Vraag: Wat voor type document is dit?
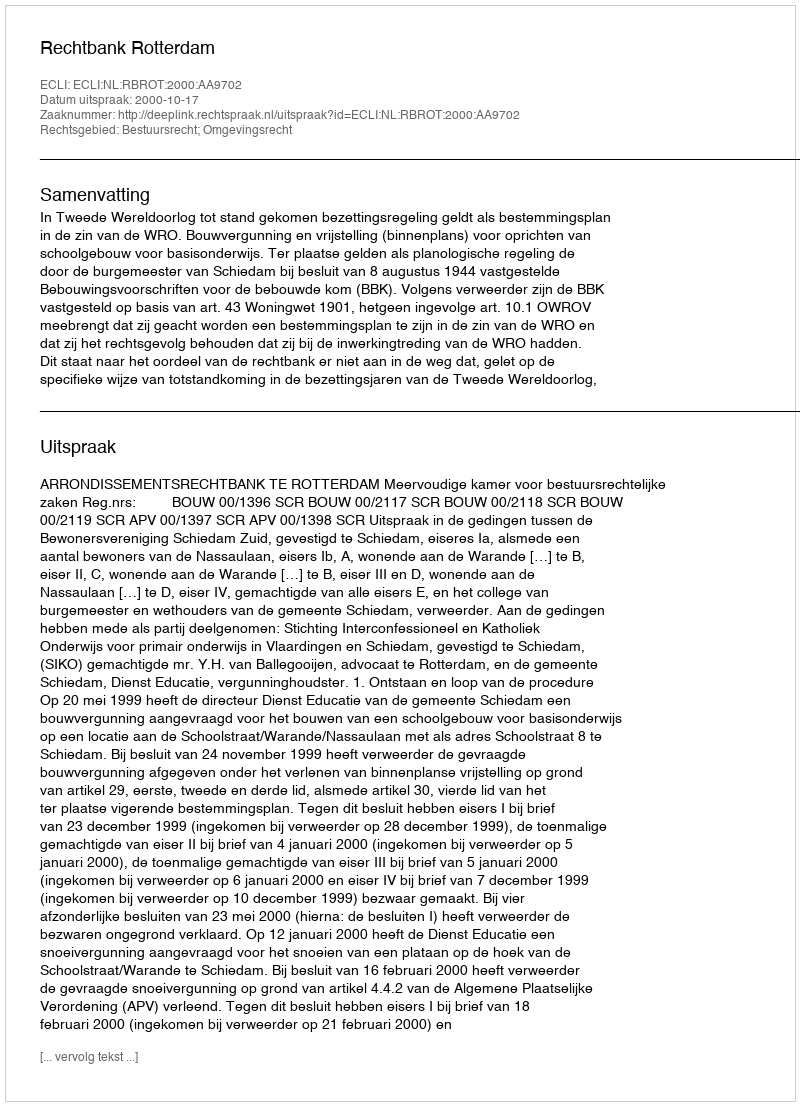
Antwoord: Uitspraak